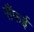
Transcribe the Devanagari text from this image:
सैंफई